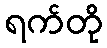
ရက်တို